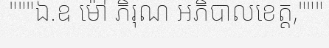
"""ឯ.ឧ ម៉ៅ ភិរុណ អភិបាលខេត្ត,"""